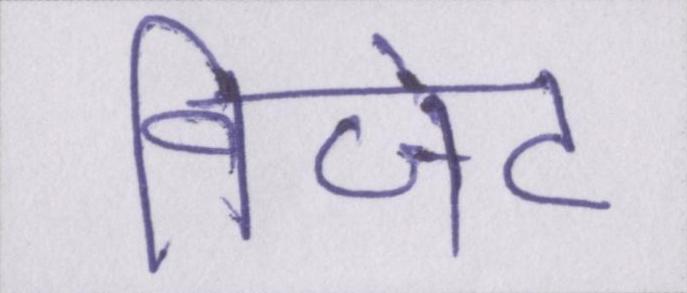
विजेट